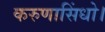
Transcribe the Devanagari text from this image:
करुणासिंधो।